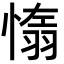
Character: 𦑑